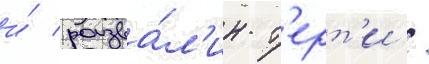
и́ разва́л'ин т'ерт'и /